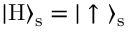
| \mathrm { H } \rangle _ { \mathrm { s } } = | \uparrow \ \rangle _ { \mathrm { s } }